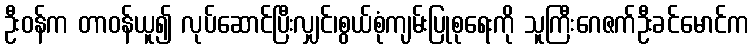
ဦးဝန်က တာဝန်ယူ၍ လုပ်ဆောင်ပြီးလျှင်၊စွယ်စုံကျမ်းပြုစုရေးကို သူကြီးဂေဇက်ဦးခင်မောင်က